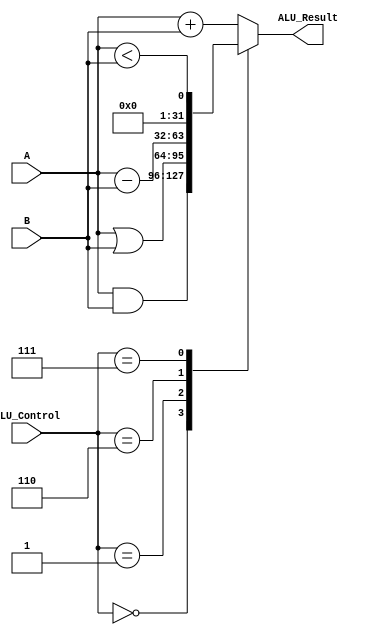
`timescale 1ns / 1ns
module ALU(A, B , ALU_Control, ALU_Result);
     input signed [31:0] A, B;
     input [2:0] ALU_Control;
     output reg  [31:0] ALU_Result;
     
     always @(*) begin
        case(ALU_Control)
            3'd0: ALU_Result = A & B;
            3'd1: ALU_Result = A | B;
            3'd2: ALU_Result = A + B;
            3'd6: ALU_Result = A - B;
            3'd7: ALU_Result = A < B;
            default:ALU_Result = A + B;
        endcase
     end
     //assign zero = (ALU_Result==32'b0000000000000000) ? 1'b1: 1'b0;
 endmodule